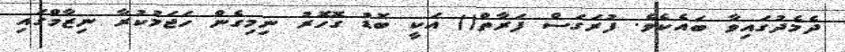
ދެމެދުގައިވާ ބައެކެވެ. ފުރަގަސް ފަރާތް() އަކީ ބޮޑު ގޮހޮރު ނިމިގެން ހަޖަމުކުރާ ނިޒާމްގައި